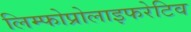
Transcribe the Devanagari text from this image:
लिम्फोप्रोलाइफरेटिव